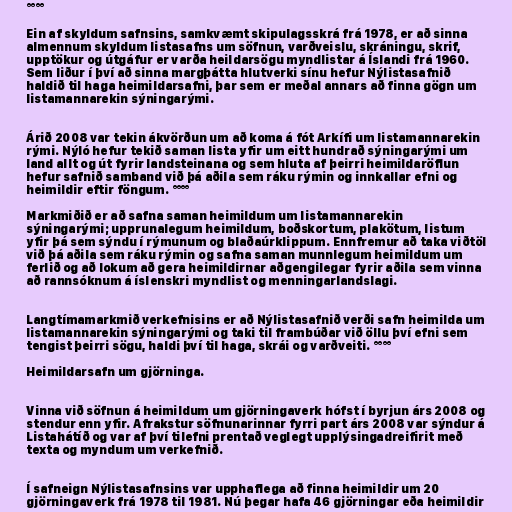
°°°°

Ein af skyldum safnsins, samkvæmt skipulagsskrá frá 1978, er að sinna
almennum skyldum listasafns um söfnun, varðveislu, skráningu, skrif,
upptökur og útgáfur er varða heildarsögu myndlistar á Íslandi frá 1960.
Sem liður í því að sinna margþátta hlutverki sínu hefur Nýlistasafnið
haldið til haga heimildarsafni, þar sem er meðal annars að finna gögn um
listamannarekin sýningarými.

Árið 2008 var tekin ákvörðun um að koma á fót Arkífi um listamannarekin
rými. Nýló hefur tekið saman lista yfir um eitt hundrað sýningarými um
land allt og út fyrir landsteinana og sem hluta af þeirri heimildaröflun
hefur safnið samband við þá aðila sem ráku rýmin og innkallar efni og
heimildir eftir föngum. °°°°

Markmiðið er að safna saman heimildum um listamannarekin
sýningarými; upprunalegum heimildum, boðskortum, plakötum, listum
yfir þá sem sýndu í rýmunum og blaðaúrklippum. Ennfremur að taka viðtöl
við þá aðila sem ráku rýmin og safna saman munnlegum heimildum um
ferlið og að lokum að gera heimildirnar aðgengilegar fyrir aðila sem vinna
að rannsóknum á íslenskri myndlist og menningarlandslagi.

Langtímamarkmið verkefnisins er að Nýlistasafnið verði safn heimilda um
listamannarekin sýningarými og taki til frambúðar við öllu því efni sem
tengist þeirri sögu, haldi því til haga, skrái og varðveiti. °°°°

Heimildarsafn um gjörninga.

Vinna við söfnun á heimildum um gjörningaverk hófst í byrjun árs 2008 og
stendur enn yfir. Afrakstur söfnunarinnar fyrri part árs 2008 var sýndur á
Listahátíð og var af því tilefni prentað veglegt upplýsingadreifirit með
texta og myndum um verkefnið.

Í safneign Nýlistasafnsins var upphaflega að finna heimildir um 20
gjörningaverk frá 1978 til 1981. Nú þegar hafa 46 gjörningar eða heimildir